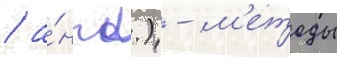
/ а́нгл.) - м'етоды